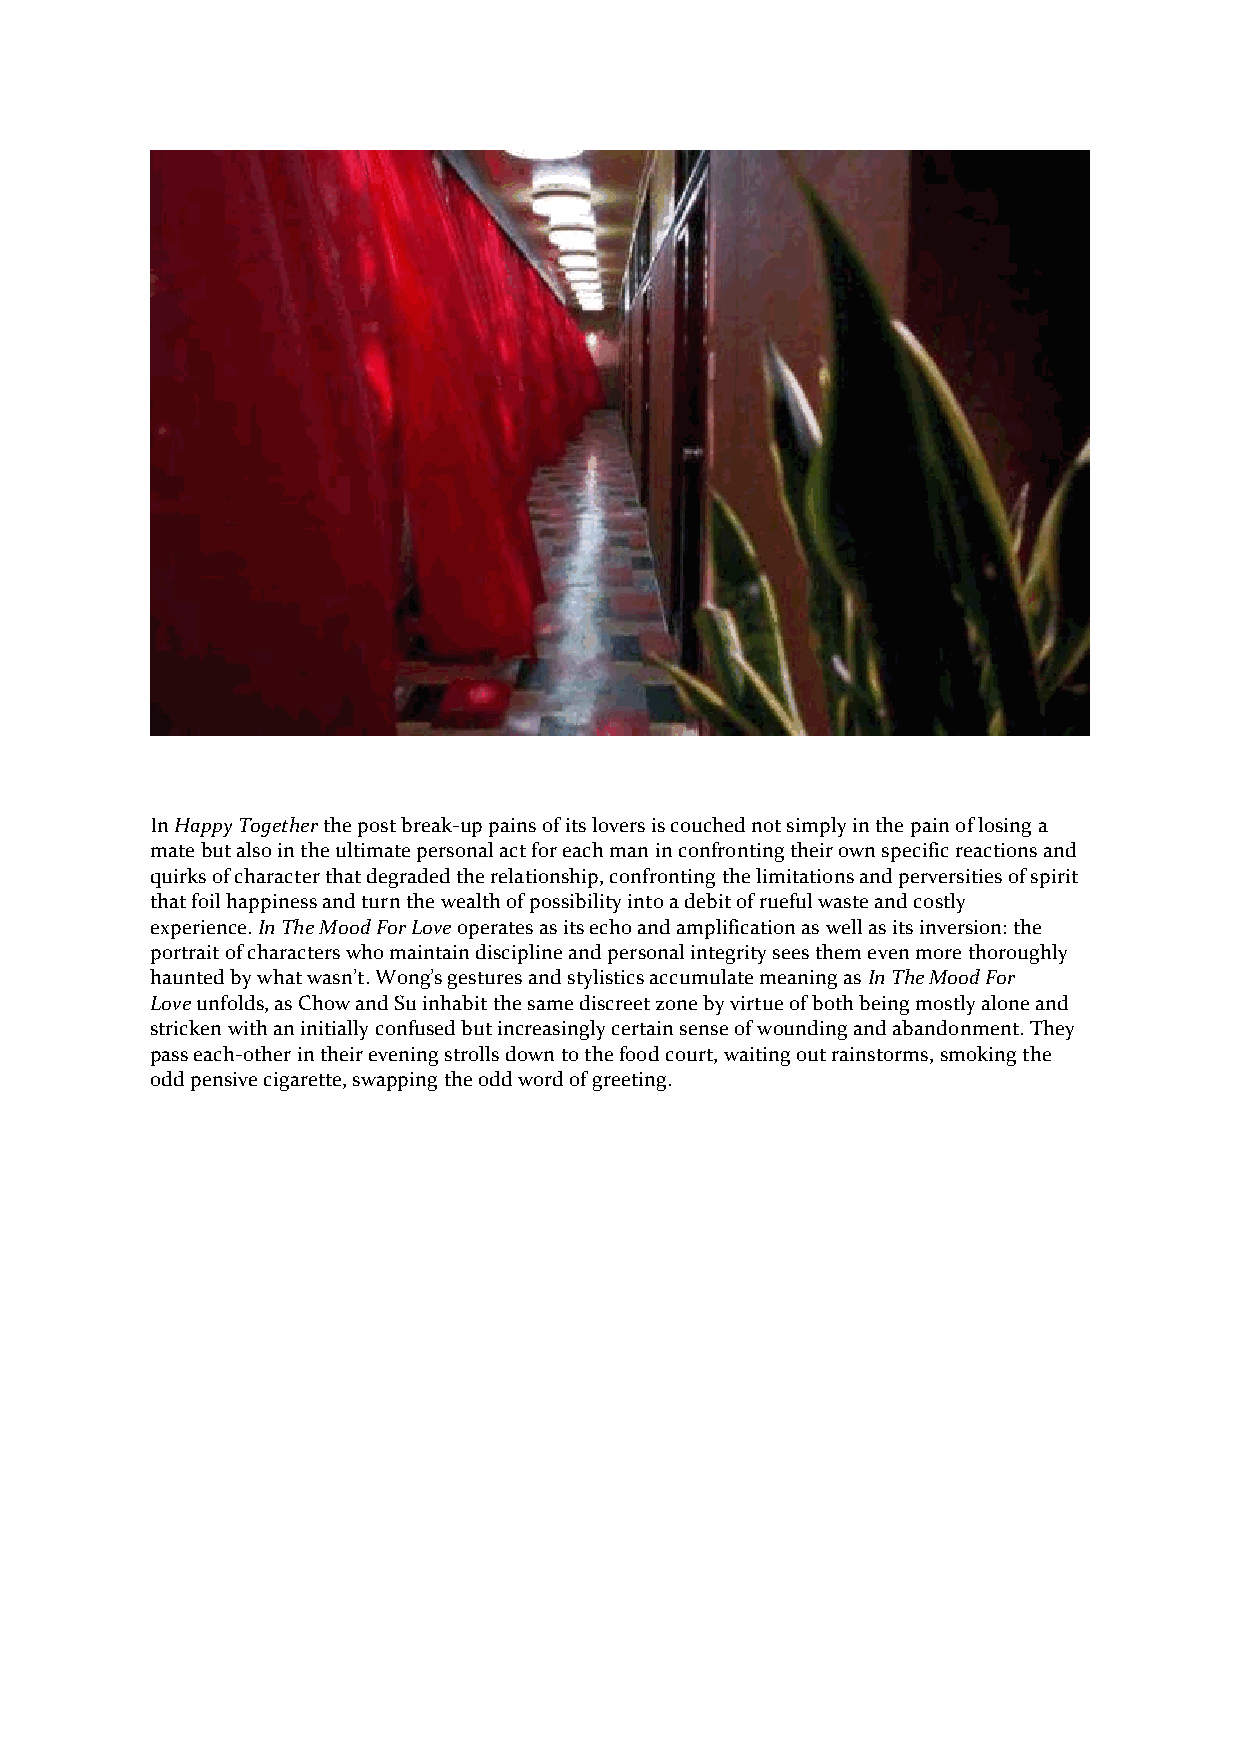
In Happy Together the post break-up pains of its lovers is couched not simply in the pain of losing a
 mate but also in the ultimate personal act for each man in confronting their own specific reactions and
 quirks of character that degraded the relationship, confronting the limitations and perversities of spirit
 that foil happiness and turn the wealth of possibility into a debit of rueful waste and costly
 experience. In The Mood For Love operates as its echo and amplification as well as its inversion: the
 portrait of characters who maintain discipline and personal integrity sees them even more thoroughly
 haunted by what wasn’t. Wong’s gestures and stylistics accumulate meaning as In The Mood For
 Love unfolds, as Chow and Su inhabit the same discreet zone by virtue of both being mostly alone and
 stricken with an initially confused but increasingly certain sense of wounding and abandonment. They
 pass each-other in their evening strolls down to the food court, waiting out rainstorms, smoking the
 odd pensive cigarette, swapping the odd word of greeting.